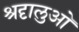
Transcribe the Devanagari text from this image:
श्रदृालुओ